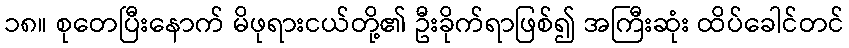
၁၈။ စုတေပြီးနောက် မိဖုရားငယ်တို့၏ ဦးခိုက်ရာဖြစ်၍ အကြီးဆုံး ထိပ်ခေါင်တင်